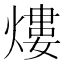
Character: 熡